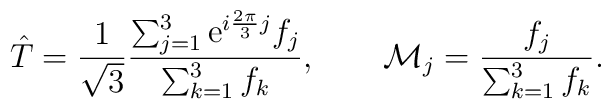
\hat T = {1 \over \sqrt{3}}{\sum_{j=1}^3 {\rm e}^{i{2\pi \over 3}j}f_j \over \sum_{k=1}^3 f_k}, \qquad {\cal M}_j = {f_j \over \sum_{k=1}^3 f_k}.